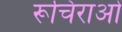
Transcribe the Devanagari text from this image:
रूचिराओं